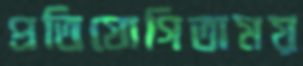
প্রতিযোগিতাময়